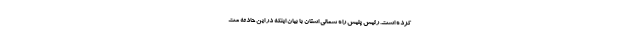
کرده است. رئیس پلیس راه شمالی استان با بیان اینکه در این حادثه مت